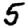
Digit: 5